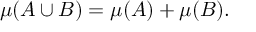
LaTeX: \mu ( A \cup B ) = \mu ( A ) + \mu ( B ) .